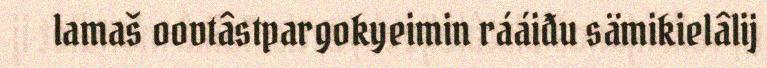
lamaš oovtâstpargokyeimin rááiđu sämikielâlij